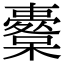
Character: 櫜